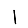
Digit: 1